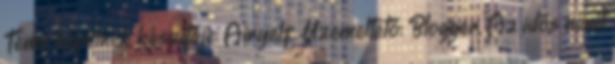
Téma képeinek készítője: Airyelf. Üzemeltető: Blogger. Az idős nénit